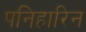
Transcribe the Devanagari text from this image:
पनिहारिन